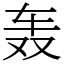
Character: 轰